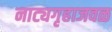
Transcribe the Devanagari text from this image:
नाट्यगृहाजवळ